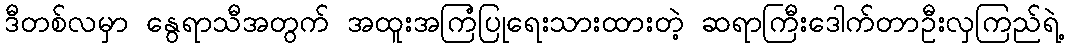
ဒီတစ်လမှာ နွေရာသီအတွက် အထူးအကြံပြုရေးသားထားတဲ့ ဆရာကြီးဒေါက်တာဦးလှကြည်ရဲ့